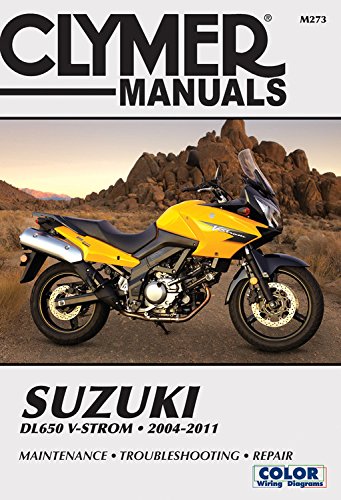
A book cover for Suzuki DL650 V-Strom 2004-2011 (Clymer Manuals); Editors of Haynes Manuals; Arts & Photography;